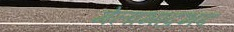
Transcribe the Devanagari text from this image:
मेलाभाद्रभद